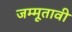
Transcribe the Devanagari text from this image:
जम्मूतावी